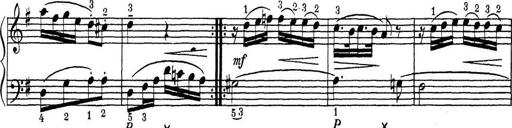
Title: ÄŒeskÃ© Sonatiny
Composer: Various